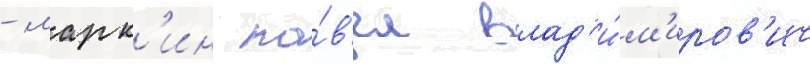
- марк'ин па́в'ел влад'и́м'иров'ич